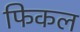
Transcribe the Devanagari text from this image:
फिकल